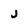
Character: j